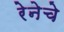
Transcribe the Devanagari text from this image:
रेनेचे